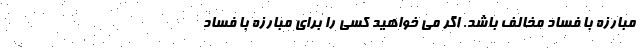
مبارزه با فساد مخالف باشد. اگر می خواهید کسی را برای مبارزه با فساد